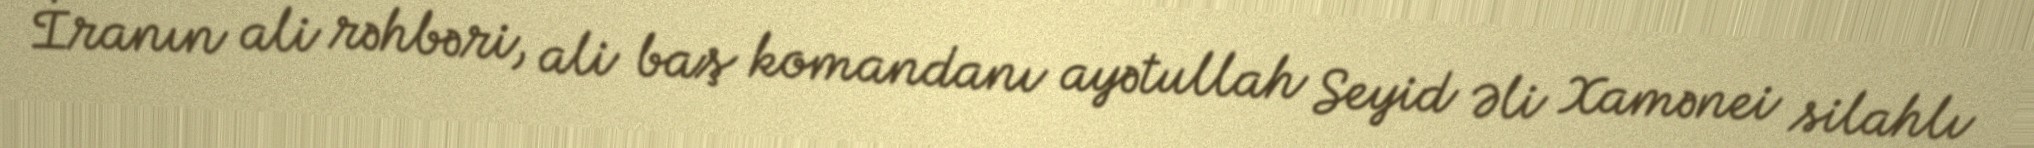
İranın ali rəhbəri, ali baş komandanı ayətullah Seyid Əli Xamənei silahlı